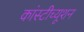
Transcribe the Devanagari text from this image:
कांस्टीच्यूशन